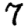
Digit: 7